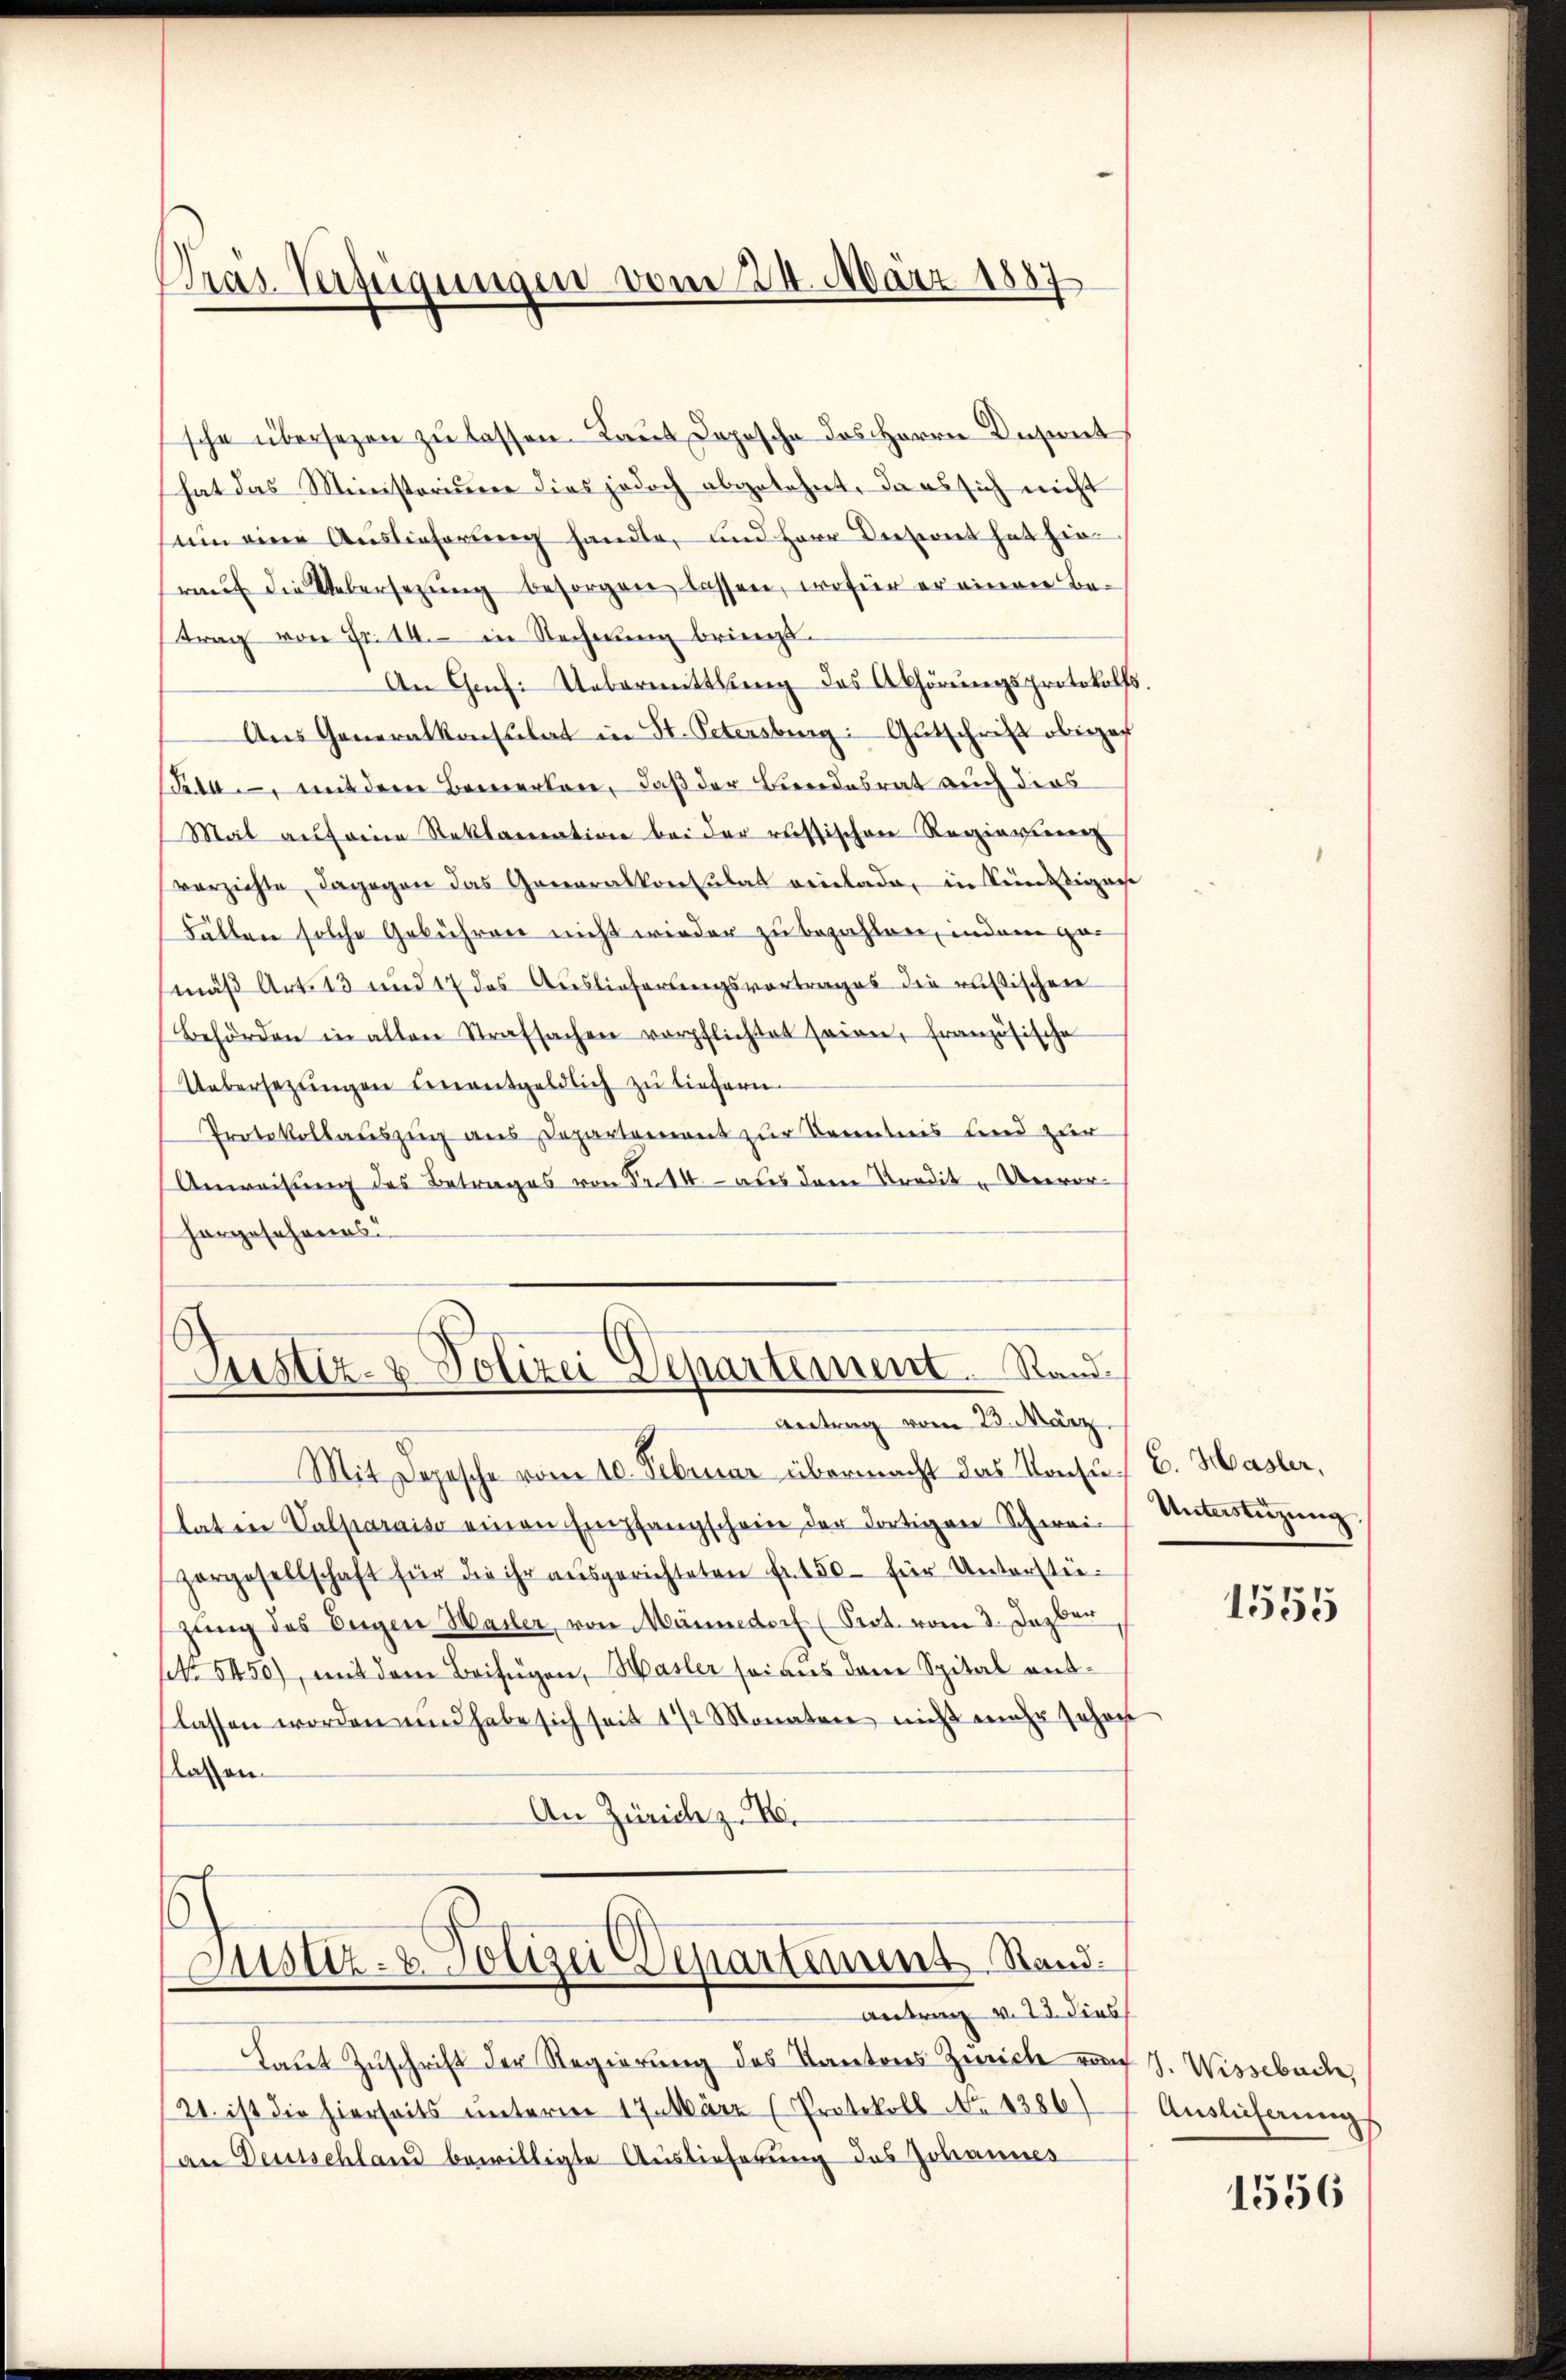
Bras. Verfügungen vom 24. März 1887

sche übersetzen zu lassen. Laut Deposche des Herrn Desent
hat das Ministerium dies jedoch abgelehnt, da es sich nicht
sum eine Auslieferung handle, und Herr Versionet hat hinraŭf die Uebersetzŭng besorgen lassen, wofür er einer Be-
trag von Fr. 14. in Rechnung bringt.
An Genf. Uebermittlung des Abhörungsprotokolls.
Ans Generalkonsulat in St. Petersburg: Gutschrift oberzaf
Seda, mit dem Bemerkere, daß der Lindesrat auch dies
Mal auf eine Reklamation bei der russischen Regiavierenz
verzichte, dagegen das Generalkonsulat reinlade, in Künstigens
Fällen solche Gebühren nicht wieder zu bezahlen, indem gemäß Art. 13 und 17 des Auslieferungsvortrages die russischen
Behörden in alten Strafsachen verpflichtet sein, französische
Uebersezungen einentgeldlich zu tiefern.
Protokollauszug aus Departement zur Kenntnis und zur
Anweisung des Betrages von Fr. 14 - aus dem Tradik- Vervorhorgesehenes
b

Justiz- & Polizei Departement. Stande
Antrag vom 23. März

Justiz- & Polizei Departement Stand.

Laut Zuschrift der Regierung des Kantons Zürich von J. Wissebacke,
21. ist die hierseits unterm 17. März (Protokoll No 1386)
an Deutschland bewilligte Auslieferung des Johannes

Mit Depesche vom 10. Februar übermacht das Konsu- E. Hasler,
laten Valparaiso einen Empfangschein der dortigen Schwei-
porgesellschaft für die ihr aŭsgerichteten fr. 150 für Unterstei-
zung des Eigen Hasler, von Männedorf (Prot. vom 3. Dezber
setr 5450), mit dem Beifügen, Hasler sei aus dem Spital entlassen worden und habe sich seit 1/2 Monaten nicht mehr Johan
lasen
An Zürich z. B.

antrag v. 23. dies

Unterstüzung

1555

Auslieferung
1556